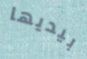
بيديها